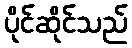
ပိုင်ဆိုင်သည်